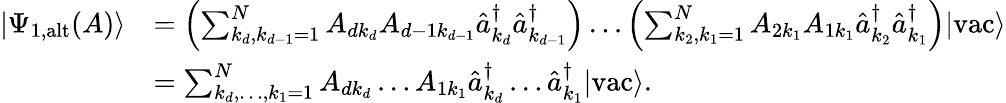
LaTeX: \begin{array}{rl}{\left|\Psi_{\textrm{1,alt}}(A)\right\rangle}&{=\left(\sum_{k_{d},k_{d-1}=1}^{N}A_{dk_{d}}A_{d-1k_{d-1}}\hat{a}_{k_{d}}^{\dagger}\hat{a}_{k_{d-1}}^{\dagger}\right)\ldots\left(\sum_{k_{2},k_{1}=1}^{N}A_{2k_{1}}A_{1k_{1}}\hat{a}_{k_{2}}^{\dagger}\hat{a}_{k_{1}}^{\dagger}\right)|\textrm{vac}\rangle}\\ &{=\sum_{k_{d},\ldots,k_{1}=1}^{N}A_{dk_{d}}\ldots A_{1k_{1}}\hat{a}_{k_{d}}^{\dagger}\ldots\hat{a}_{k_{1}}^{\dagger}|\textrm{vac}\rangle.}\end{array}